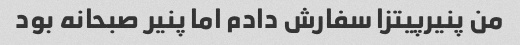
من پنیرپیتزا سفارش دادم اما پنیر صبحانه بود